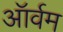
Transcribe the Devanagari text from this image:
ऑर्वम